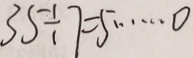
3 5 \div 7 = 5 \cdots 0